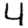
Digit: 4